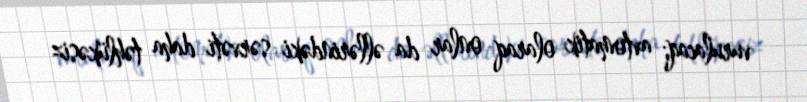
vurulacaq; avtomatik olaraq onlar da əllərindəki sərvəti daha təhlükəsiz